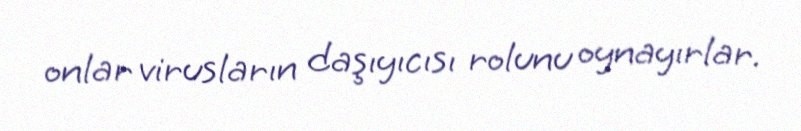
onlar virusların daşıyıcısı rolunu oynayırlar.